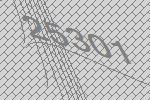
25301